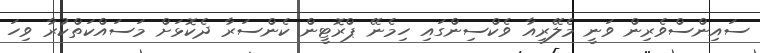
ސައިންސްވެރިން ވަނީ މެލޭރިއާ ވެކްސިންގައި ހިމެނޭ ޕްރޮޓީން ކެންސަރާ ދެކޮޅަށް މަސައްކަތްކުރާ ވިހަ